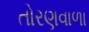
તોરણવાળા